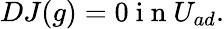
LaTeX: \begin{array}{r}{DJ(g)=0\mathrm{~i~n~}U_{ad}.}\end{array}